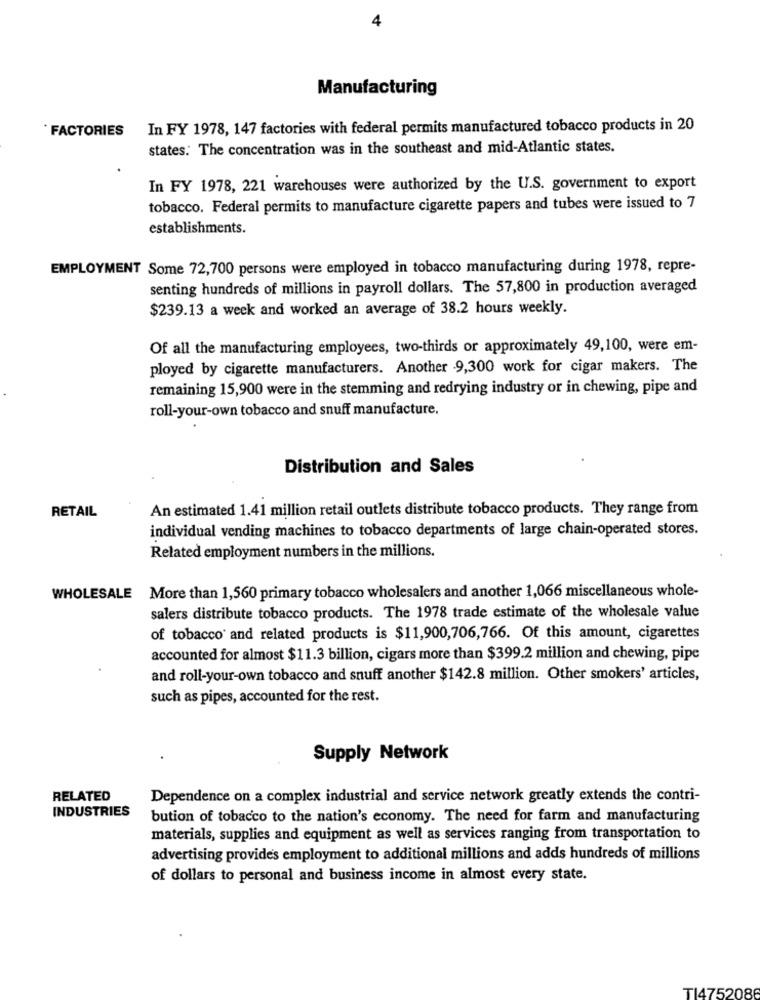
4
Manufacturing
*FACTORIES
In FY 1978, 147 factories with federal permits manufactured tobacco products in 20
states: The concentration was in the southeast and mid-Atlantic states.
In FY 1978, 221 warehouses were authorized by the U.S. government to export
tobacco. Federal permits to manufacture cigarette papers and tubes were issued to 7
establishments.
EMPLOYMENT Some 72,700 persons were employed in tobacco manufacturing during 1978, repre-
senting hundreds of millions in payroll dollars. The 57,800 in production averaged
$239.13 a week and worked an average of 38.2 hours weekly.
Of all the manufacturing employees, two-thirds or approximately 49,100, were em-
ployed by cigarette manufacturers. Another 9,300 work for cigar makers. The
remaining 15,900 were in the stemming and redrying industry or in chewing, pipe and
roll-your-own tobacco and snuff manufacture.
Distribution and Sales
RETAIL
An estimated 1.41 million retail outlets distribute tobacco products. They range from
individual vending machines to tobacco departments of large chain-operated stores.
Related employment numbers in the millions.
WHOLESALE More than 1,560 primary tobacco wholesalers and another 1,066 miscellaneous whole-
salers distribute tobacco products. The 1978 trade estimate of the wholesale value
of tobacco and related products is $11,900,706,766. Of this amount, cigarettes
accounted for almost $11.3 billion, cigars more than $399.2 million and chewing, pipe
and roll-your-own tobacco and snuff another $142.8 million. Other smokers' articles,
such as pipes, accounted for the rest.
Supply Network
RELATED
Dependence on a complex industrial and service network greatly extends the contri-
INDUSTRIES
bution of tobacco to the nation's economy. The need for farm and manufacturing
materials, supplies and equipment as well as services ranging from transportation to
advertising provides employment to additional millions and adds hundreds of millions
of dollars to personal and business income in almost every state.
T14752086